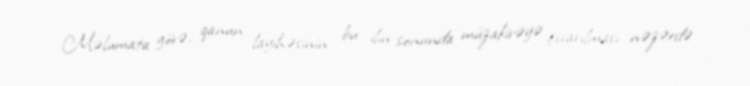
Məlumata görə, qanun layihəsinin bu ilin sonunda müzakirəyə çıxarılması nəzərdə